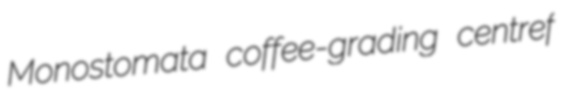
Monostomata coffee-grading centref